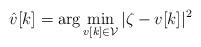
LaTeX: \begin{align*}\hat{v}[k]= \arg \min \limits_{v[k] \in \mathcal{V}} |\zeta-v[k]|^2\end{align*}